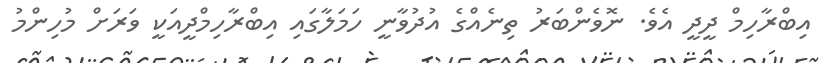
އިބްރާހިމް ދީދީ އެވެ. ނޮވެންބަރު ތިނެއްގެ އުދުވާނީ ހަމަލާގައި އިބްރާހިމްދީއަކީ ވަރަށް މުހިންމު